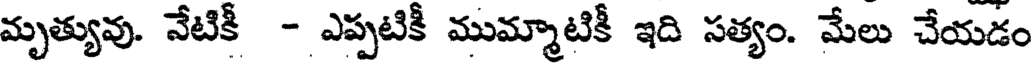
మృత్యువు. నేటికీ - ఎప్పటికీ ముమ్మాటికీ ఇది సత్యం. మేలు చేయడం